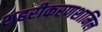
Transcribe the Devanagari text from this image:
शहरीकरणशामिल